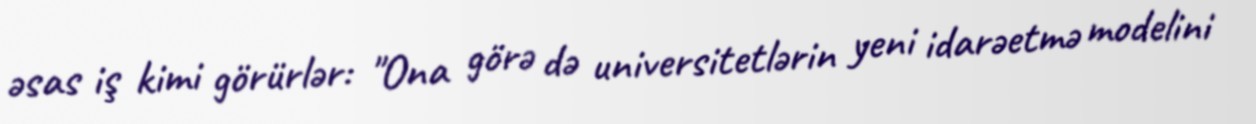
əsas iş kimi görürlər: "Ona görə də universitetlərin yeni idarəetmə modelini